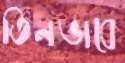
তিনভাবে